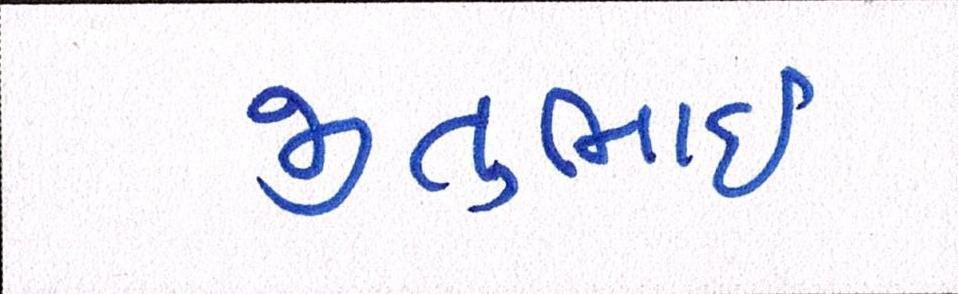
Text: જીતુભાઈ